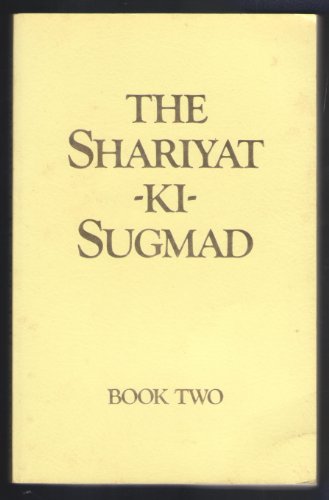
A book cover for Shariyat-Ki-Sugmad, Book II; Paul Twitchell; Religion & Spirituality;